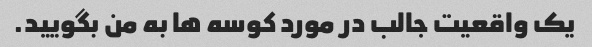
یک واقعیت جالب در مورد کوسه ها به من بگویید.